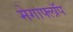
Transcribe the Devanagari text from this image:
मेगाफ्लॉप